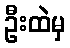
ဦးထဲမှ